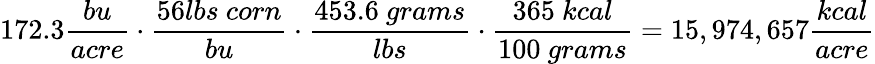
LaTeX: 172.3\frac{bu}{acre}\cdot\frac{56lbs~corn}{bu}\cdot\frac{453.6~grams}{lbs}\cdot\frac{365~kcal}{100~grams}=15,974,657\frac{kcal}{acre}